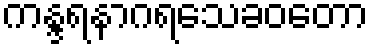
ကန္ဒရနာဂရသေခဝတော